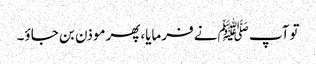
توآپ ﷺنے فرمایا،پھرموذن بن جاؤ۔